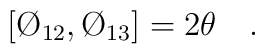
[ \O_{12},\O_{13}] =  2  \theta \quad .